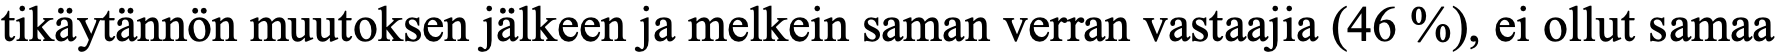
tikäytännön muutoksen jälkeen ja melkein saman verran vastaajia (46 %), ei ollut samaa